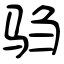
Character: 驺